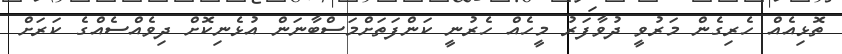
ތޮޅިއެއް ހެރިގެން މަރުވީ ދުވާފަރު މީހެއް ހެރުނީ ކަންފަތަށްމަސްބާނަން އުޅެނިކޮށް ދިވެއްސެއްގެ ކަރަށް